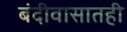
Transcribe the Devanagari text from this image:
बंदीवासातही